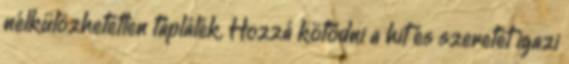
nélkülözhetetlen táplálék. Hozzá kötődni a hit és szeretet igazi